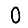
Digit: 0